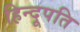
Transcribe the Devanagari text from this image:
हिन्दूपति